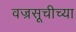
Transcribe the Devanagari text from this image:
वज्रसूचीच्या